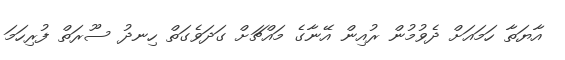
އާޔަތާ ހަމައަށް ދެވުމުން ރުއިން އޭނާގެ މައްޗަށް ގަދަވެގަތް ހިނދު ސޫރަތް ފުރިހަމަ